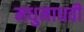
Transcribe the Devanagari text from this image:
मधुमाधवी